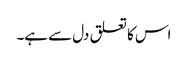
اس کا تعلق دل سے ہے۔